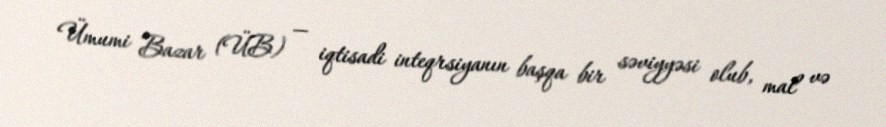
Ümumi Bazar (ÜB) — iqtisadi inteqrsiyanın başqa bir səviyyəsi olub, mal və